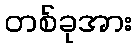
တစ်ခုအား